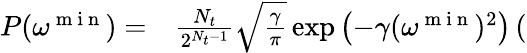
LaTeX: \begin{array}{rl}{P(\omega^{\mathrm{~m~i~n~}})=}&{{}\frac{N_{t}}{2^{N_{t}-1}}\sqrt{\frac{\gamma}{\pi}}\exp\left(-\gamma(\omega^{\mathrm{~m~i~n~}})^{2}\right)\left(\right.}\end{array}